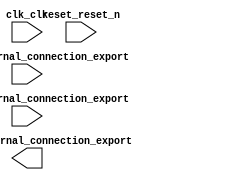

module adder (
	clk_clk,
	reset_reset_n,
	input_2_external_connection_export,
	input_1_external_connection_export,
	output_y_external_connection_export);	

	input		clk_clk;
	input		reset_reset_n;
	input	[1:0]	input_2_external_connection_export;
	input	[1:0]	input_1_external_connection_export;
	output	[2:0]	output_y_external_connection_export;
endmodule